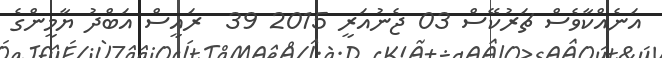
އަނެއްކާވެސް ޗަރުކޭސް 03 ޖެނުއަރީ 2015 39  ރައީސް އަބްދު ޔާމީންގެ